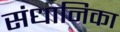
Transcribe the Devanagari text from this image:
संधानिका